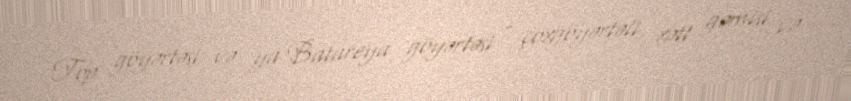
Top göyərtəsi və ya Batareya göyərtəsi - çoxgöyərtəli xətt gəmisi və